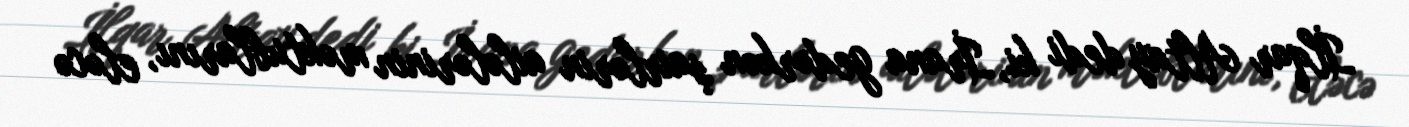
İlqar Altay dedi ki, İrana gedərkən şairlərin ailələrinin məktublarını, eləcə